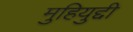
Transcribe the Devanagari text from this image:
मुहियुद्दी